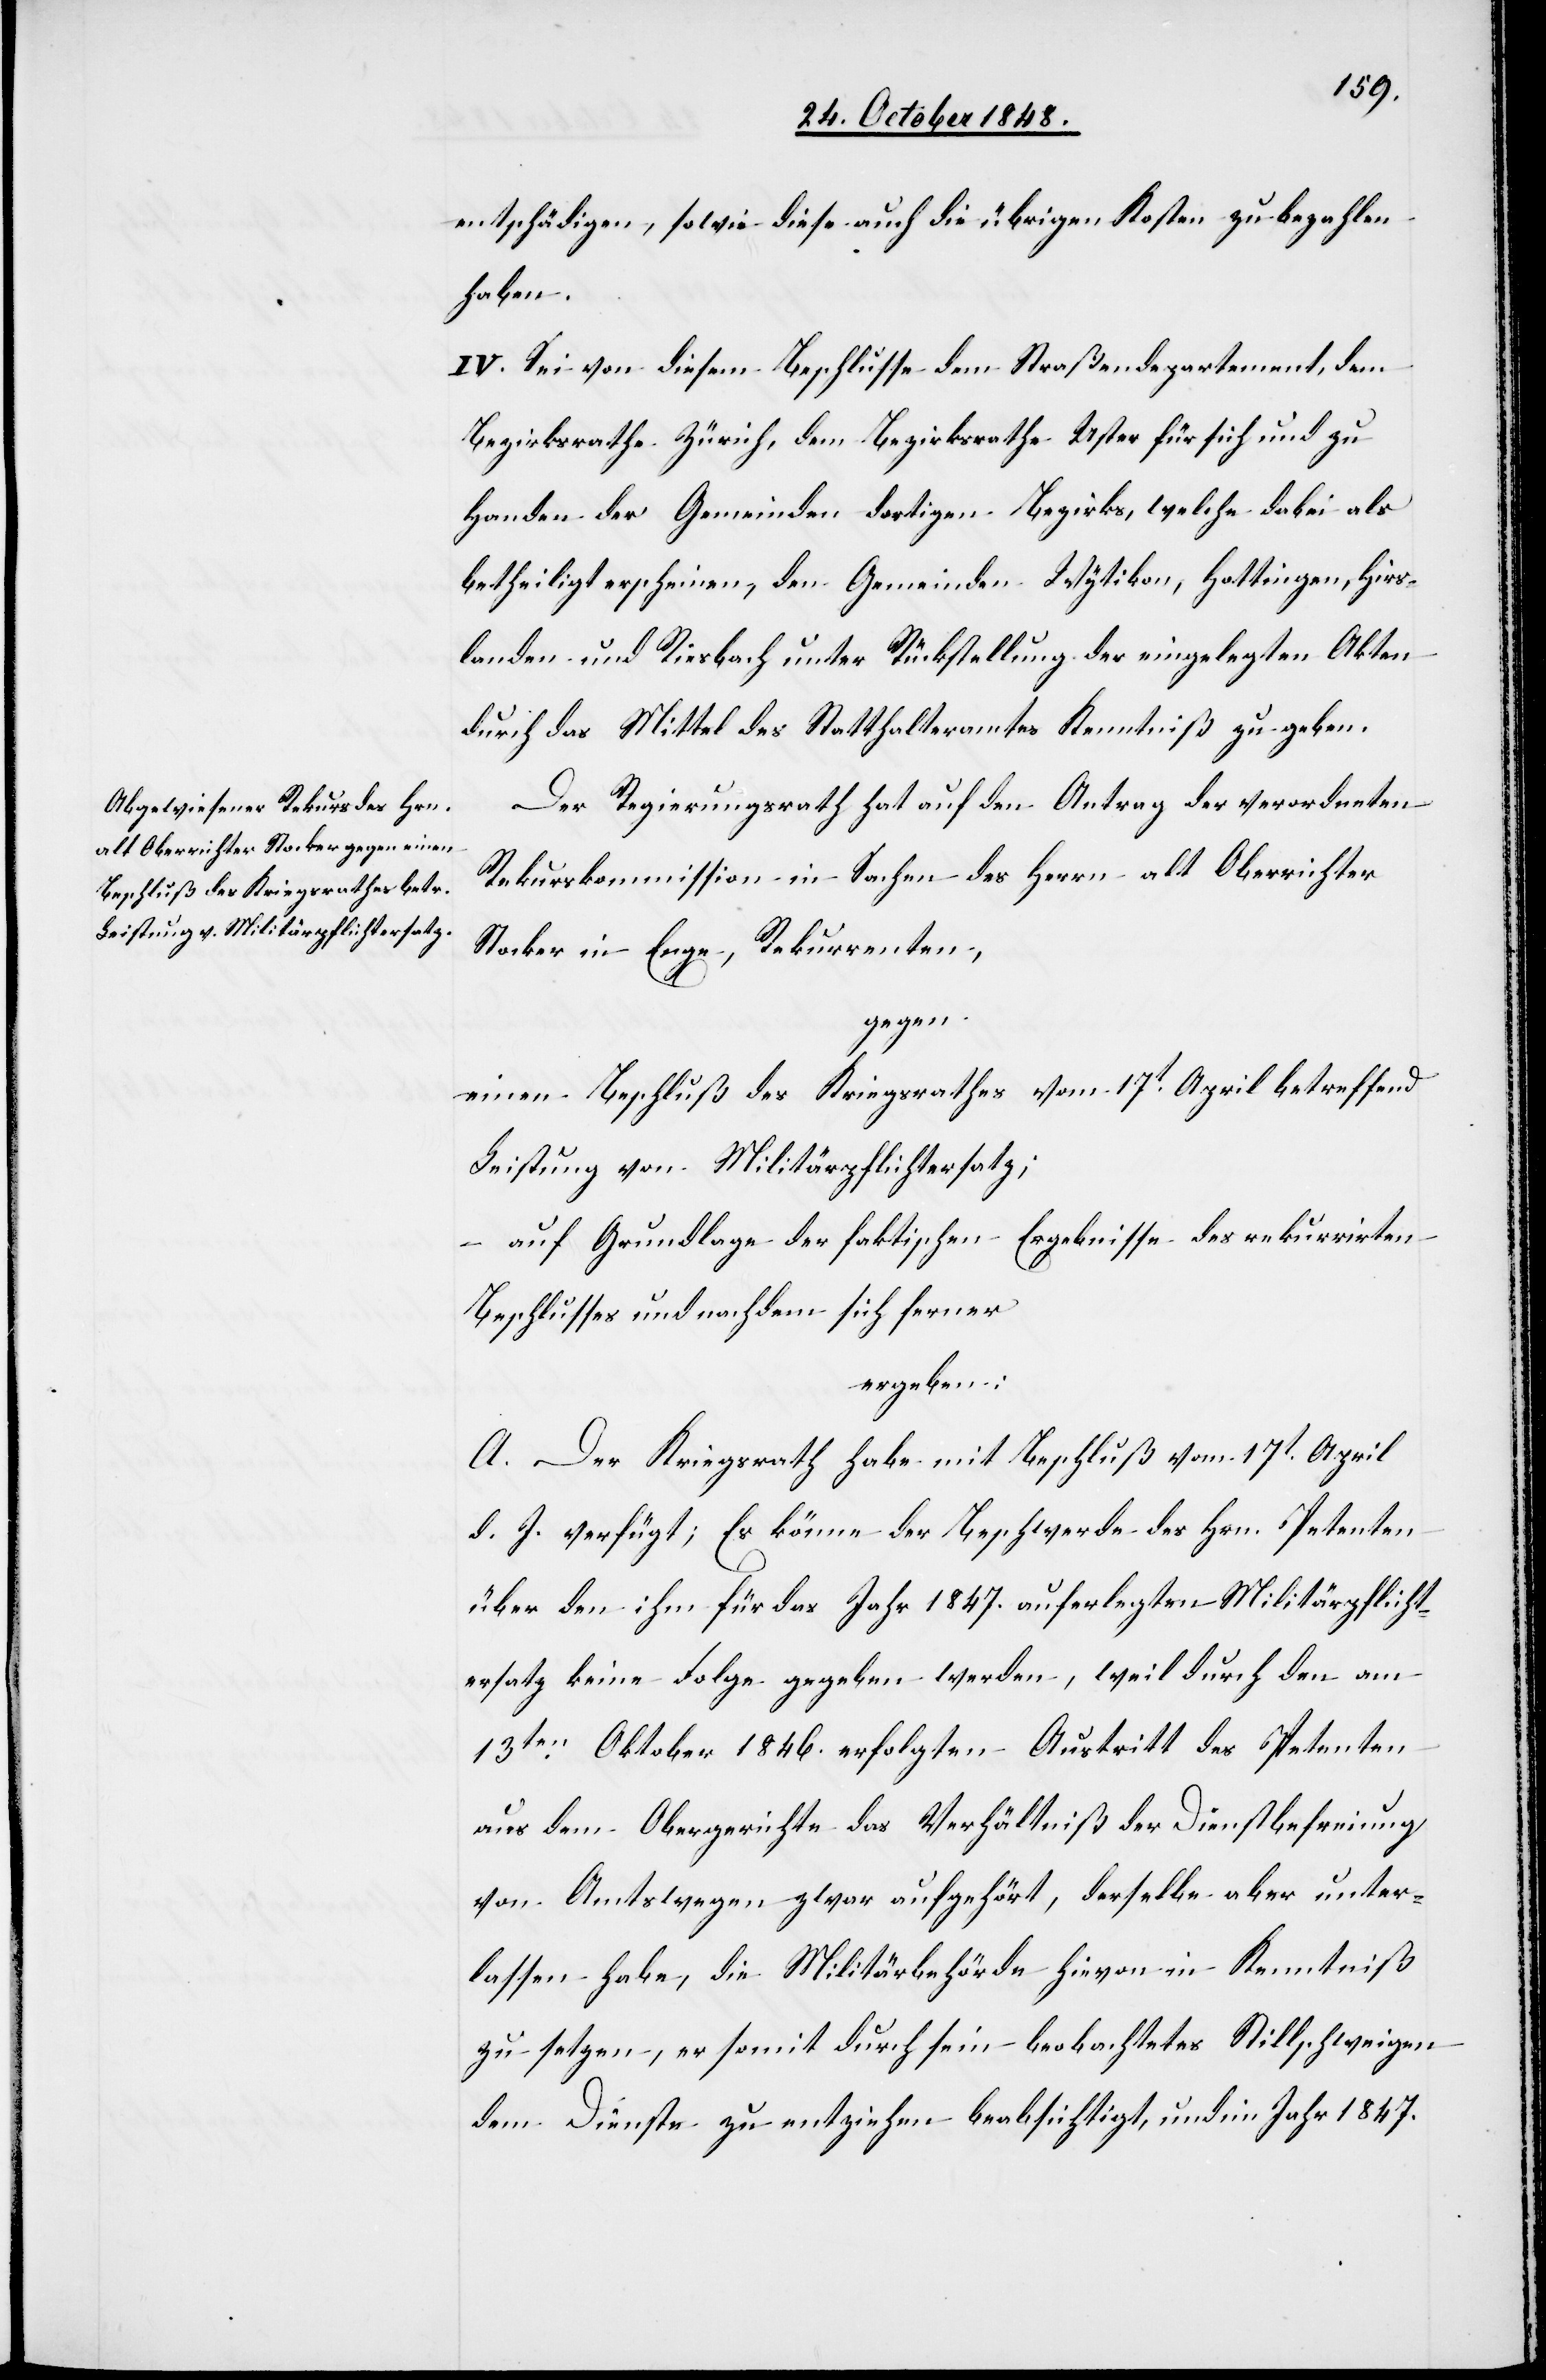
entschädigen, sowie diese auch die übrigen Kosten zu bezahlen
haben.
IV. Sei von diesem Beschlusse dem Straßendepartement, dem
Bezirksrathe Zürich, dem Bezirksrathe Uster für sich und zu
Handen der Gemeinden dortigen Bezirks, welche dabei als
betheiligt erscheinen, den Gemeinden Wytikon, Hottingen, Hirs¬
landen und Riesbach unter Rückstellung der eingelegten Akten
durch das Mittel des Statthalteramtes Kenntniß zu geben.
Der Regierungsrath hat auf den Antrag der verordneten
Rekurskommission in Sachen des Herrn alt Oberrichter
Stocker in Enge, Rekurrenten,
gegen:
einen Beschluß des Kriegsrathes vom 17t April betreffend
Leistung von Militärpflichtersatz;
auf Grundlage der faktischen Ergebnisse des rekurrirten
Beschlusses und nachdem sich ferner
ergeben:
A. Der Kriegsrath habe mit Beschluß vom 17t April
d. J. verfügt; Es könne der Beschwerde des Hrn. Petenten
über den ihm für das Jahr 1847. auferlegten Militärpflicht¬
ersatz keine Folge ergeben werde, weil durch den am
13ten Oktober 1846. erfolgten Austritt des Petenten
aus dem Obergerichte das Verhältniß der Dienstbefreiung
von Amtswegen zwar aufgehört, derselbe aber unter¬
lassen habe, die Militärbehörde hievon in Kenntniß
zu setzen, er somit durch sein beobachtetes Stillschweigen
dem Dienste zu entziehen beabsichtigt, und im Jahr 1847.